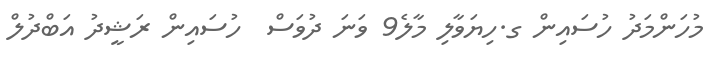
މުހަންމަދު ހުސައިން ގ.ހިޔަވާލި މާލެ9 ވަނަ ދުވަސް  ހުސައިން ރަޝީދު އަބްދުލް